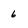
Character: 6